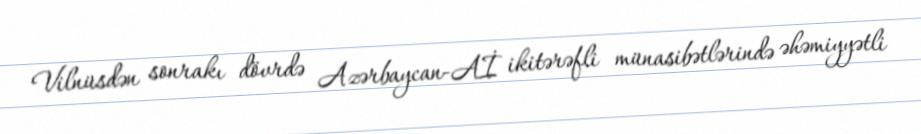
Vilnüsdən sonrakı dövrdə Azərbaycan-Aİ ikitərəfli münasibətlərində əhəmiyyətli